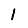
Digit: 1